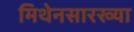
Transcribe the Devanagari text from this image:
मिथेनसारख्या